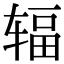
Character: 辐